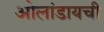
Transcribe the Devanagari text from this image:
ओलांडायची